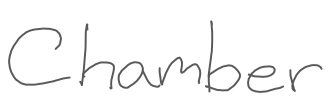
Text: Chamber
Cross-out: clean
Writing tool: digital_gray